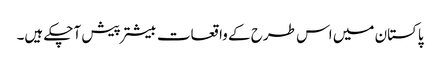
پاکستان میں اس طرح کے واقعات بیشتر پیش آچکے ہیں۔